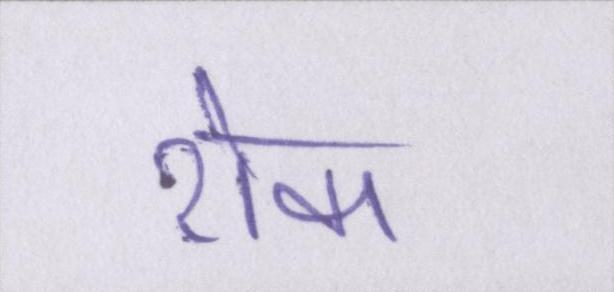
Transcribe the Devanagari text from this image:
रोका